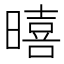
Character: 暿